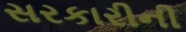
સરકારીની